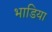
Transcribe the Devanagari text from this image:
भाडिया